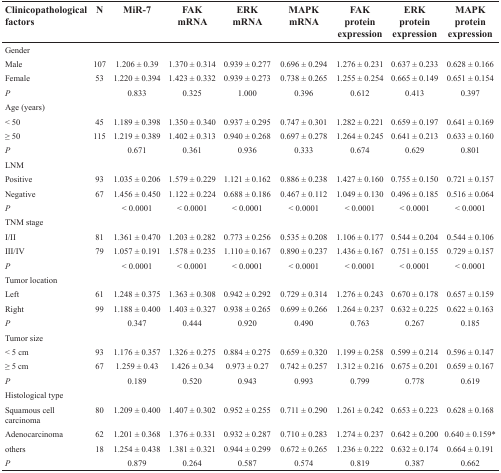
<table><thead><tr><td><b>Clinicopathological factors</b></td><td><b>N</b></td><td><b>MiR-7</b></td><td><b>FAK mRNA</b></td><td><b>ERK mRNA</b></td><td><b>MAPK mRNA</b></td><td><b>FAK protein expression</b></td><td><b>ERK protein expression</b></td><td><b>MAPK protein expression</b></td></tr></thead><tbody><tr><td colspan="9">Gender</td></tr><tr><td>Male</td><td>107</td><td>1.206 ± 0.39</td><td>1.370 ± 0.314</td><td>0.939 ± 0.277</td><td>0.696 ± 0.294</td><td>1.276 ± 0.231</td><td>0.637 ± 0.233</td><td>0.628 ± 0.166</td></tr><tr><td>Female</td><td>53</td><td>1.220 ± 0.394</td><td>1.423 ± 0.332</td><td>0.939 ± 0.273</td><td>0.738 ± 0.265</td><td>1.255 ± 0.254</td><td>0.665 ± 0.149</td><td>0.651 ± 0.154</td></tr><tr><td><i>P</i></td><td></td><td>0.833</td><td>0.325</td><td>1.000</td><td>0.396</td><td>0.612</td><td>0.413</td><td>0.397</td></tr><tr><td colspan="9">Age (years)</td></tr><tr><td>&lt; 50</td><td>45</td><td>1.189 ± 0.398</td><td>1.350 ± 0.340</td><td>0.937 ± 0.295</td><td>0.747 ± 0.301</td><td>1.282 ± 0.221</td><td>0.659 ± 0.197</td><td>0.641 ± 0.169</td></tr><tr><td>≥ 50</td><td>115</td><td>1.219 ± 0.389</td><td>1.402 ± 0.313</td><td>0.940 ± 0.268</td><td>0.697 ± 0.278</td><td>1.264 ± 0.245</td><td>0.641 ± 0.213</td><td>0.633 ± 0.160</td></tr><tr><td><i>P</i></td><td></td><td>0.671</td><td>0.361</td><td>0.936</td><td>0.333</td><td>0.674</td><td>0.629</td><td>0.801</td></tr><tr><td colspan="9">LNM</td></tr><tr><td>Positive</td><td>93</td><td>1.035 ± 0.206</td><td>1.579 ± 0.229</td><td>1.121 ± 0.162</td><td>0.886 ± 0.238</td><td>1.427 ± 0.160</td><td>0.755 ± 0.150</td><td>0.721 ± 0.157</td></tr><tr><td>Negative</td><td>67</td><td>1.456 ± 0.450</td><td>1.122 ± 0.224</td><td>0.688 ± 0.186</td><td>0.467 ± 0.112</td><td>1.049 ± 0.130</td><td>0.496 ± 0.185</td><td>0.516 ± 0.064</td></tr><tr><td><i>P</i></td><td></td><td>&lt; 0.0001</td><td>&lt; 0.0001</td><td>&lt; 0.0001</td><td>&lt; 0.0001</td><td>&lt; 0.0001</td><td>&lt; 0.0001</td><td>&lt; 0.0001</td></tr><tr><td colspan="9">TNM stage</td></tr><tr><td>I/II</td><td>81</td><td>1.361 ± 0.470</td><td>1.203 ± 0.282</td><td>0.773 ± 0.256</td><td>0.535 ± 0.208</td><td>1.106 ± 0.177</td><td>0.544 ± 0.204</td><td>0.544 ± 0.106</td></tr><tr><td>III/IV</td><td>79</td><td>1.057 ± 0.191</td><td>1.578 ± 0.235</td><td>1.110 ± 0.167</td><td>0.890 ± 0.237</td><td>1.436 ± 0.167</td><td>0.751 ± 0.155</td><td>0.729 ± 0.157</td></tr><tr><td><i>P</i></td><td></td><td>&lt; 0.0001</td><td>&lt; 0.0001</td><td>&lt; 0.0001</td><td>&lt; 0.0001</td><td>&lt; 0.0001</td><td>&lt; 0.0001</td><td>&lt; 0.0001</td></tr><tr><td colspan="9">Tumor location</td></tr><tr><td>Left</td><td>61</td><td>1.248 ± 0.375</td><td>1.363 ± 0.308</td><td>0.942 ± 0.292</td><td>0.729 ± 0.314</td><td>1.276 ± 0.243</td><td>0.670 ± 0.178</td><td>0.657 ± 0.159</td></tr><tr><td>Right</td><td>99</td><td>1.188 ± 0.400</td><td>1.403 ± 0.327</td><td>0.938 ± 0.265</td><td>0.699 ± 0.266</td><td>1.264 ± 0.237</td><td>0.632 ± 0.225</td><td>0.622 ± 0.163</td></tr><tr><td><i>P</i></td><td></td><td>0.347</td><td>0.444</td><td>0.920</td><td>0.490</td><td>0.763</td><td>0.267</td><td>0.185</td></tr><tr><td colspan="9">Tumor size</td></tr><tr><td>&lt; 5 cm</td><td>93</td><td>1.176 ± 0.357</td><td>1.326 ± 0.275</td><td>0.884 ± 0.275</td><td>0.659 ± 0.320</td><td>1.199 ± 0.258</td><td>0.599 ± 0.214</td><td>0.596 ± 0.147</td></tr><tr><td>≥ 5 cm</td><td>67</td><td>1.259 ± 0.43</td><td>1.426 ± 0.34</td><td>0.973 ± 0.27</td><td>0.742 ± 0.257</td><td>1.312 ± 0.216</td><td>0.675 ± 0.201</td><td>0.659 ± 0.167</td></tr><tr><td><i>P</i></td><td></td><td>0.189</td><td>0.520</td><td>0.943</td><td>0.993</td><td>0.799</td><td>0.778</td><td>0.619</td></tr><tr><td colspan="9">Histological type</td></tr><tr><td>Squamous cell carcinoma</td><td>80</td><td>1.209 ± 0.400</td><td>1.407 ± 0.302</td><td>0.952 ± 0.255</td><td>0.711 ± 0.290</td><td>1.261 ± 0.242</td><td>0.653 ± 0.223</td><td>0.628 ± 0.168</td></tr><tr><td>Adenocarcinoma</td><td>62</td><td>1.201 ± 0.368</td><td>1.376 ± 0.331</td><td>0.932 ± 0.287</td><td>0.710 ± 0.283</td><td>1.274 ± 0.237</td><td>0.642 ± 0.200</td><td>0.640 ± 0.159*</td></tr><tr><td>others</td><td>18</td><td>1.254 ± 0.438</td><td>1.381 ± 0.321</td><td>0.944 ± 0.299</td><td>0.672 ± 0.265</td><td>1.236 ± 0.222</td><td>0.632 ± 0.174</td><td>0.664 ± 0.191</td></tr><tr><td><i>P</i></td><td></td><td>0.879</td><td>0.264</td><td>0.587</td><td>0.574</td><td>0.819</td><td>0.387</td><td>0.662</td></tr></tbody></table>